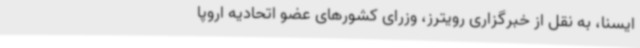
ایسنا، به نقل از خبرگزاری رویترز، وزرای کشورهای عضو اتحادیه اروپا